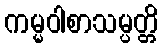
ကမ္မဝါစာသမ္ပတ္တိ